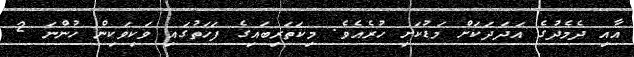
އާއި ދެމެދުގެ އަދަދަކަށް މަޑުކަށި ހުރެއެވެ. މިކަތަރިބައިގެ ފަހަތުގައި ވަކިވަކިން ހުންނަ 2